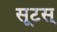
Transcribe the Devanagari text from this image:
सूटस्